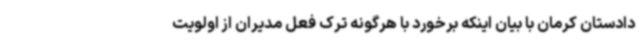
دادستان کرمان با بیان اینکه برخورد با هرگونه ترک فعل مدیران از اولویت